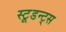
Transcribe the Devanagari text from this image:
स्टूडन्ट्स